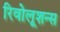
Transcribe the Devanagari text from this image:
रिवोलूशन्स